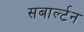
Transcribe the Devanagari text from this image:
सबार्ल्टन